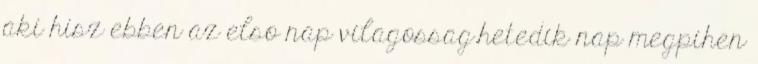
aki hisz ebben az elso nap vilagossag.hetedik nap megpihen